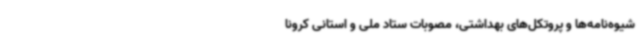
شیوه‌نامه‌ها و پروتکل‌های بهداشتی، مصوبات ستاد ملی و استانی کرونا